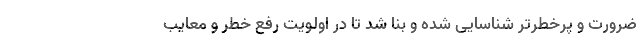
ضرورت و پرخطرتر شناسایی شده و بنا شد تا در اولویت رفع خطر و معایب